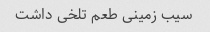
سیب زمینی طعم تلخی داشت